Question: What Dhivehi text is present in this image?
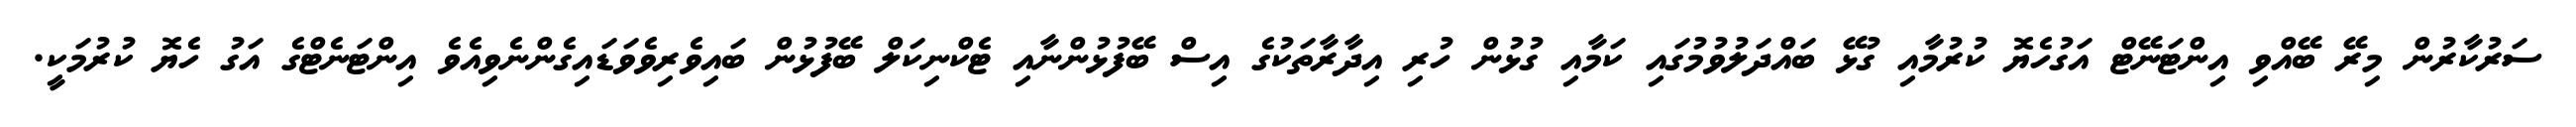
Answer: ސަރުކާރުން މިރޭ ބޭއްވި އިންޓަނޭޓް އަގުހެޔޮ ކުރުމާއި ގުޅޭ ބައްދަލުވުމުގައި ކަމާއި ގުޅުން ހުރި އިދާރާތަކުގެ އިސް ބޭފުޅުންނާއި ޓެކްނިކަލް ބޭފުޅުން ބައިވެރިވެވަޑައިގެންނެވިއެވެ އިންޓަނެޓްގެ އަގު ހެޔޮ ކުރުމަކީ.